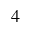
_ { 4 }